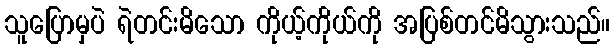
သူပြောမှပဲ ရဲတင်းမိသော ကိုယ့်ကိုယ်ကို အပြစ်တင်မိသွားသည်။